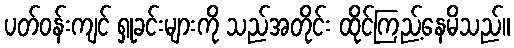
ပတ်ဝန်းကျင် ရှုခင်းများကို သည်အတိုင်း ထိုင်ကြည့်နေမိသည်။